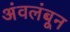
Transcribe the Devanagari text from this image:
अंवलंबून